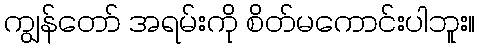
ကျွန်တော် အရမ်းကို စိတ်မကောင်းပါဘူး။